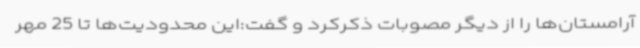
آرامستان‌ها را از دیگر مصوبات ذکرکرد و گفت:این محدودیت‌ها تا 25 مهر